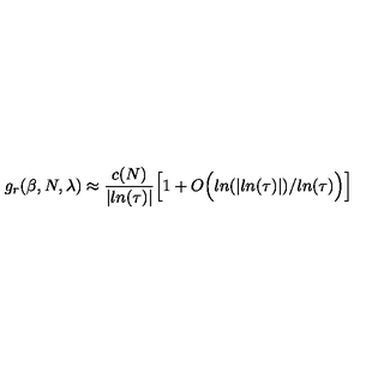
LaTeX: g _ { r } ( \beta , N , \lambda ) \approx \frac { c ( N ) } { \vert l n ( \tau ) \vert } \Big [ 1 + O \Big ( l n ( \vert l n ( \tau ) \vert ) / l n ( \tau ) \Big ) \Big ]